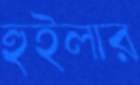
হুইলার